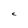
Character: C